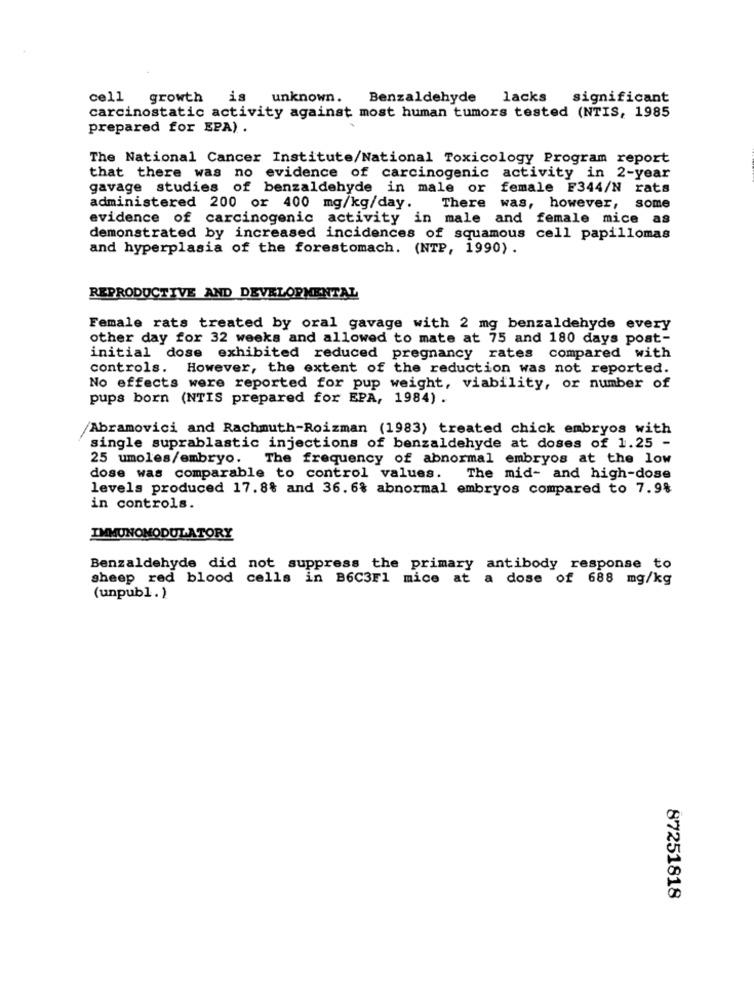
cell growth
is unknown. Benzaldehyde lacks
significant
carcinostatic activity against most human tumors tested (NTIS, 1985
prepared for EPA) .
The National Cancer Institute/National Toxicology Program report
that there was no evidence of carcinogenic activity in 2-year
gavage studies of benzaldehyde in male or female E344/N rats
administered 200 or 400 mg/kg/day.
There was, however, some
evidence of carcinogenic activity in male and female mice as
demonstrated by increased incidences of squamous cell papillomas
and hyperplasia of the forestomach. (NTP, 1990) .
REPRODUCTIVE AND DEVELOPMENTAL
Female rats treated by oral gavage with 2 mg benzaldehyde every
other day for 32 weeks and allowed to mate at 75 and 180 days post-
initial dose exhibited reduced pregnancy rates compared with
controls. However, the extent of the reduction was not reported.
No effects were reported for pup weight, viability, or number of
pups born (NTIS prepared for EPA, 1984) .
Abramovici and Rachmuth-Roizman (1983) treated chick embryos with
single suprablastic injections of benzaldehyde at doses of 1.25 -
25 umoles/embryo. The frequency of abnormal embryos at the low
dose was comparable to control values.
The mid- and high-dose
levels produced 17.8% and 36.6% abnormal embryos compared to 7.9%
in controls.
IMMUNOMODULATORY
Benzaldehyde did not suppress the primary antibody response to
sheep red blood cells in B6C3F1 mice at a dose of 688 mg/kg
(unpubl.)
87251818